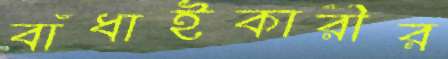
বাঁধাইকারীর